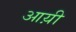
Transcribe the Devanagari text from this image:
आय़ी